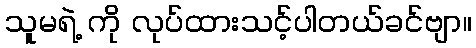
သူမရဲ့ ကို လုပ်ထားသင့်ပါတယ်ခင်ဗျာ။